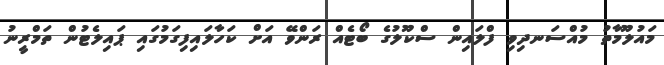
މައުލޫމާތު މުއްސަނދިވި ފްލައިން ސްކޫލުގެ ބޯޓެއް ރަންވޭ އަށް ކަހާލައިފިގަމުގައި ޕައިލެޓުން ތަމްރީނު